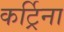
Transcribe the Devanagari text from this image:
कर्ट्रिना